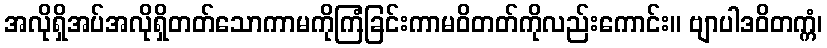
အလိုရှိအပ်အလိုရှိတတ်သောကာမကိုကြံခြင်းကာမဝိတတ်ကိုလည်းကောင်း။ ဗျာပါဒဝိတက္ကံ၊